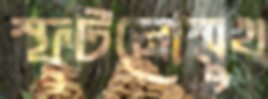
স্ফুটনোম্মুখ